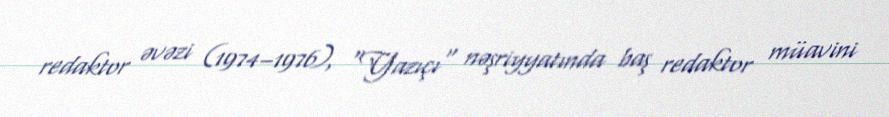
redaktor əvəzi (1974–1976), "Yazıçı" nəşriyyatında baş redaktor müavini